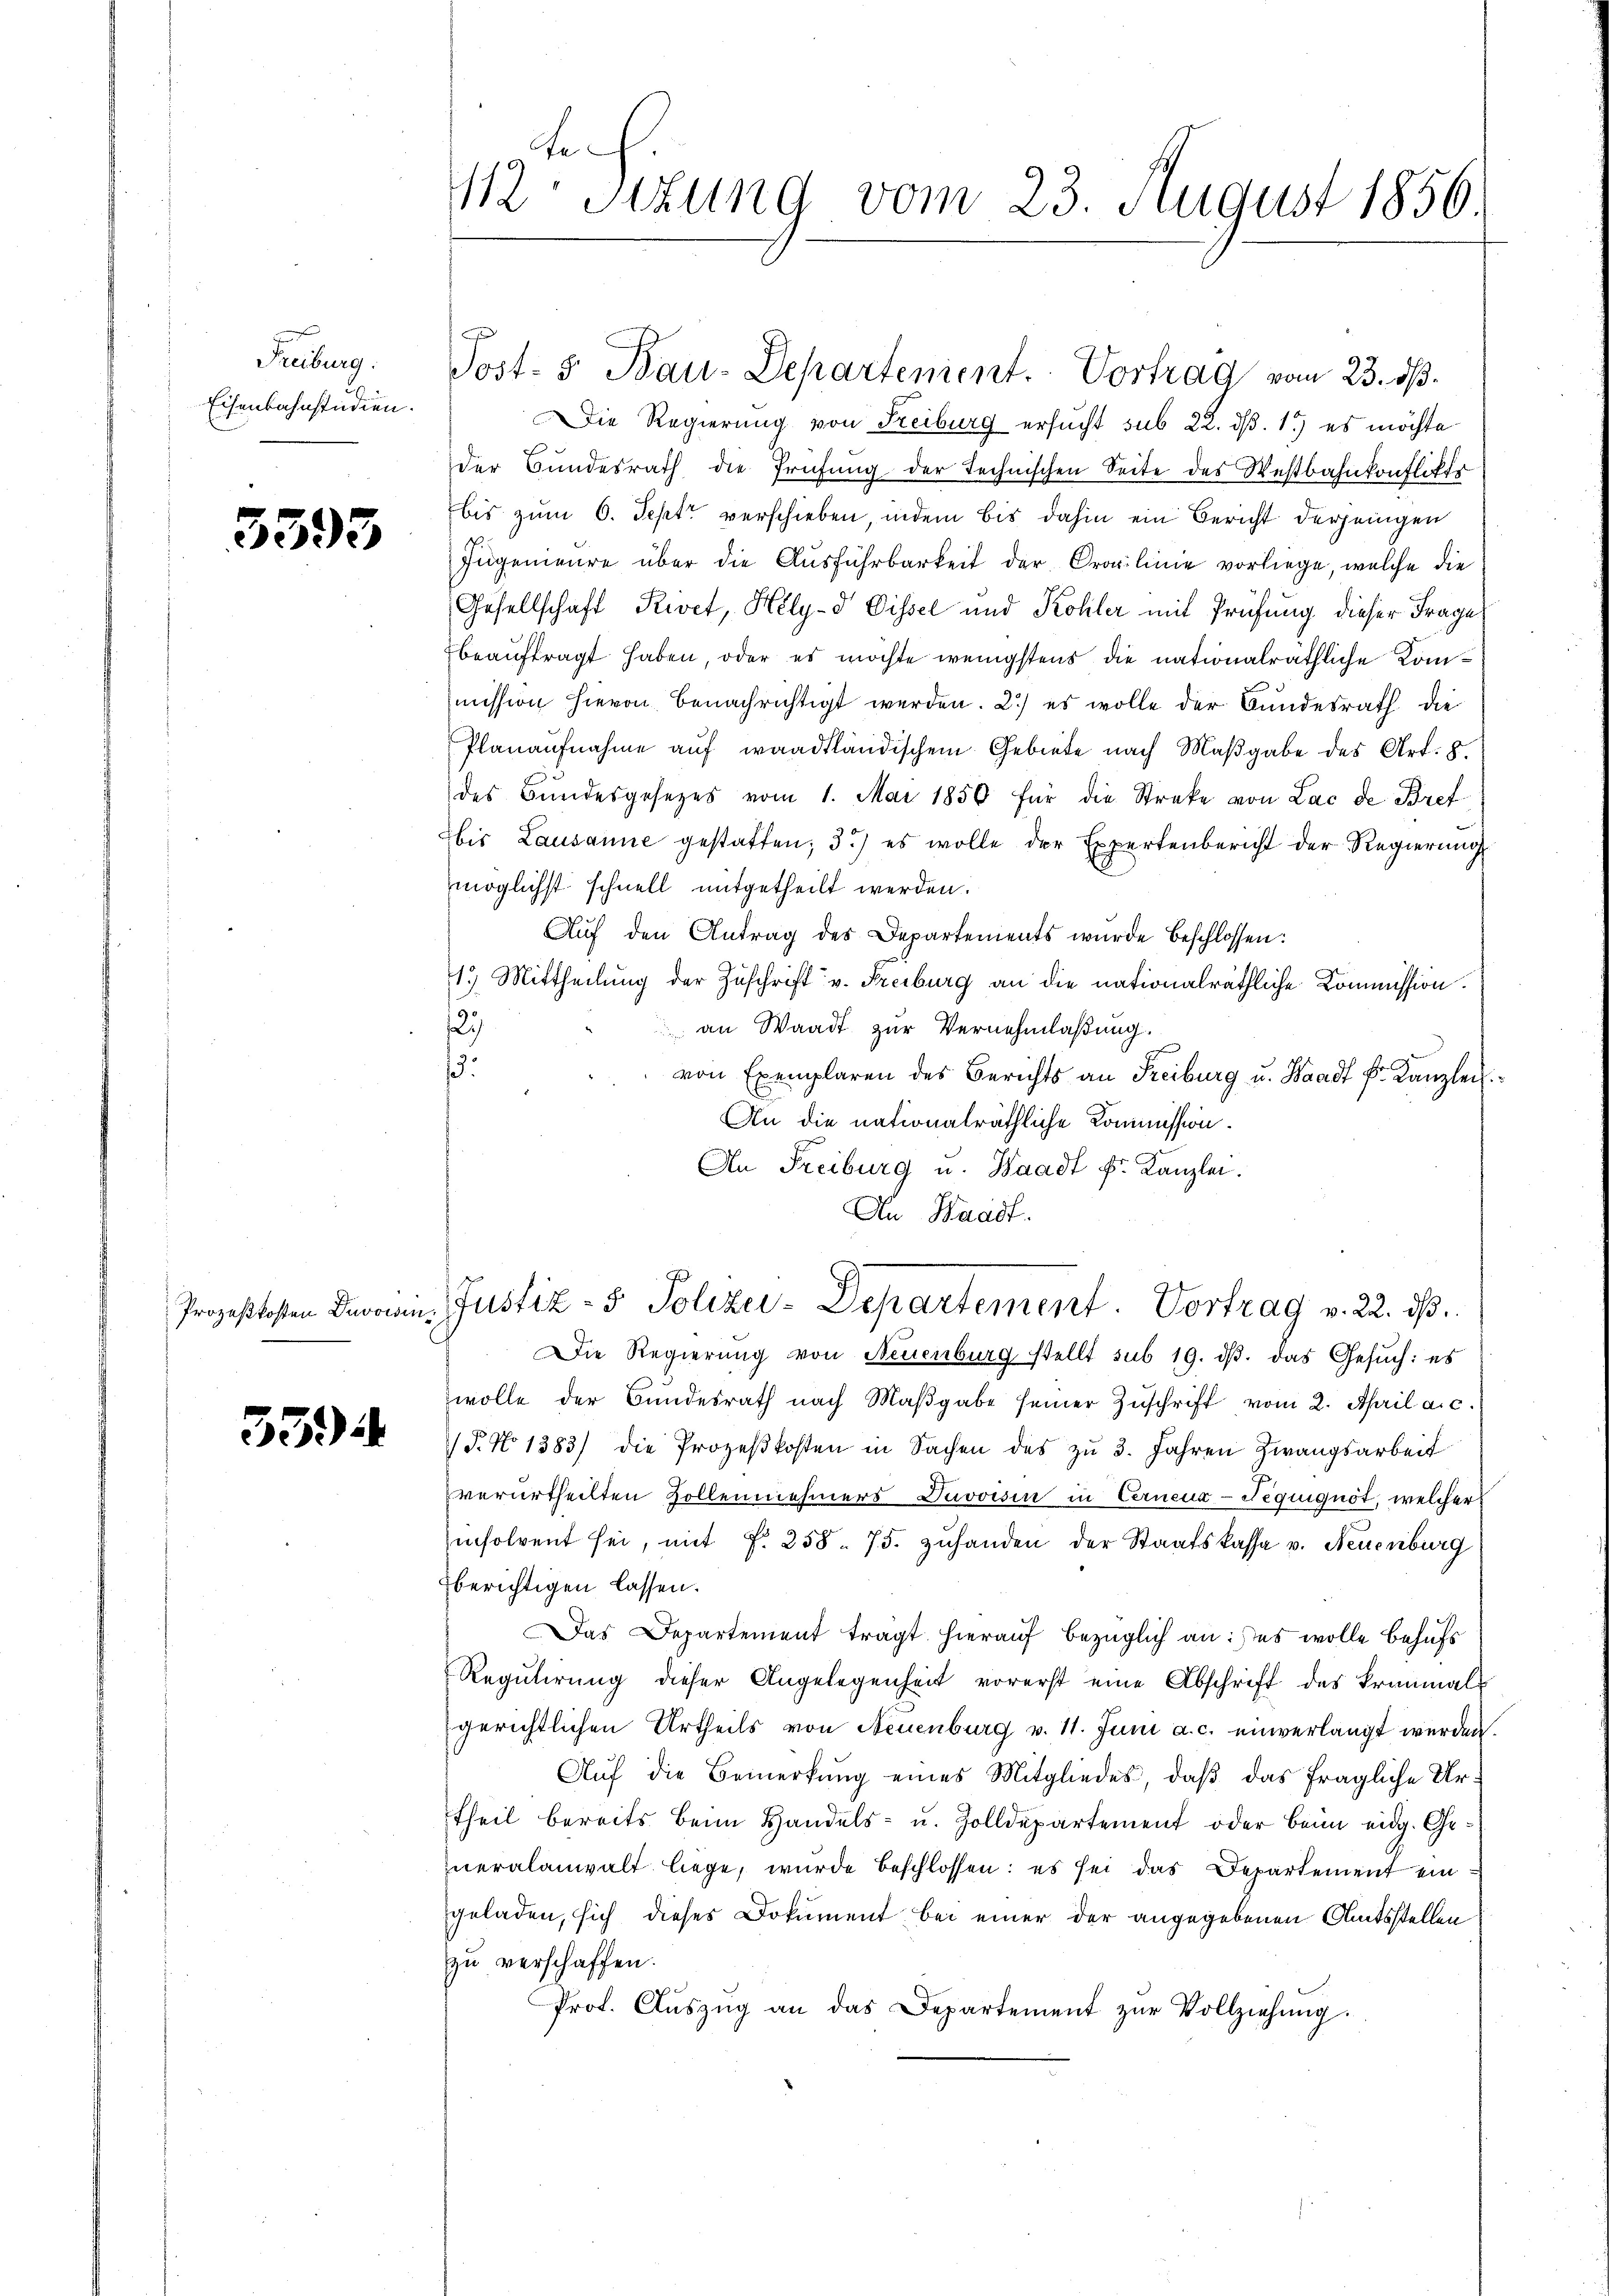
Freiburg.
Eisenbahnstudien.

3393

5394

112. Sitzung vom 23. August 1856.

Die Regierung von Freiburg ersucht sub 22. dß. 1.) es möchte
der Bŭndesrath die Prüfŭng der Technischen Seite des Westbahnkonflikte
bis zum 6. Sept verschieben, indem bis dahin ein Bericht derjenigen
Ingenieure über die Ausführbarkeit der Crolinie vorliege, welche die
Gesellschaft Rivet, Hely-d Dissel und Kohler mit Prüfung dieser Frage
beauftragt haben, oder es möchte wenigstens die nationalräthliche Kommission hievon benachrichtigt werden. 2) es wolle der Bundesrath die
Planaŭfnahme auf waadtländischem Gebiete nach Maβgabe des Art. 8.
des Bŭndesgesetzes vom 1. Mai 1850 für die Streke von Lac de Bret
bis Lausanne gestatten; 3) es wolle der Expertenbericht der Regierung
möglichst schnell mitgetheilt werden.
Auf den Antrag des Departements wurde beschlossen:
1.) Mittheilung der Zuschrift v. Freiburg an die nationalräthliche Kommission.
123
an Waadt zur Vernehmlaßung.
13.
von Exemplaren des Berichts an Freiburg u. Waadt Fr. Kanzlei
An die nationalräthliche Kommission.
An Freiburg u. Waadt k. Kanzlei.
An Waadt.
Prozeßkosten Dein Justiz- & Polizei-Departement. Vortrag v. 22. ds.
Die Regierŭng von Neuenburg stellt sub 19. dβ. das Gesŭch: es
wolle der Bŭndesrath nach Maβgabe seiner Zŭschrift vom 2. April a.c.
/T. No 1383) die Prozeßkosten in Sachen des zu 3. Jahren Zwangsarbeit
verurtheilten Zollennehmers Davoisin in Cerneua-Nequiguot, welcher
insolvent sei, mit f. 258. 75. zŭhanden der Staatskassa v. Neuenburg
uberichtigen lassen.
Das Departement tragt hierauf bezüglich an: es wolle behufs
Regulirung dieser Angelegenheit vorerst eine Abschrift des Brinmal
gerichtlichen Urtheils von Neuenburg v. 11. Juni a. c. einverlangt werden
Aŭf die Bemerkŭng eines Mitgliedes, daβ das fragliche Urtheil bereits beim Handels- u. Zolldepartement oder beim eidg. Generalanwalt liege, wurde beschlossen: es sei das Departement ein
geladen, sich dieses Dokument bei einer der angegebenen Amtsstellen
zu verschaffen.
Prot. Aŭszŭg an das Departement zŭr Vollziehŭng.

Post- & Bau-Departenient. Vortrag vom 23. ds.